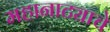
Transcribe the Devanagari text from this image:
महानाट्याचे